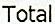
TOTAL